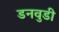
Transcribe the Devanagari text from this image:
डनवुडी